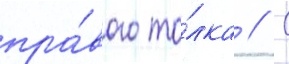
пра́вого то́лка // С